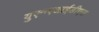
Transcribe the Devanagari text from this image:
युएनएआईडीएस